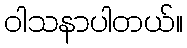
ဝါသနာပါတယ်။